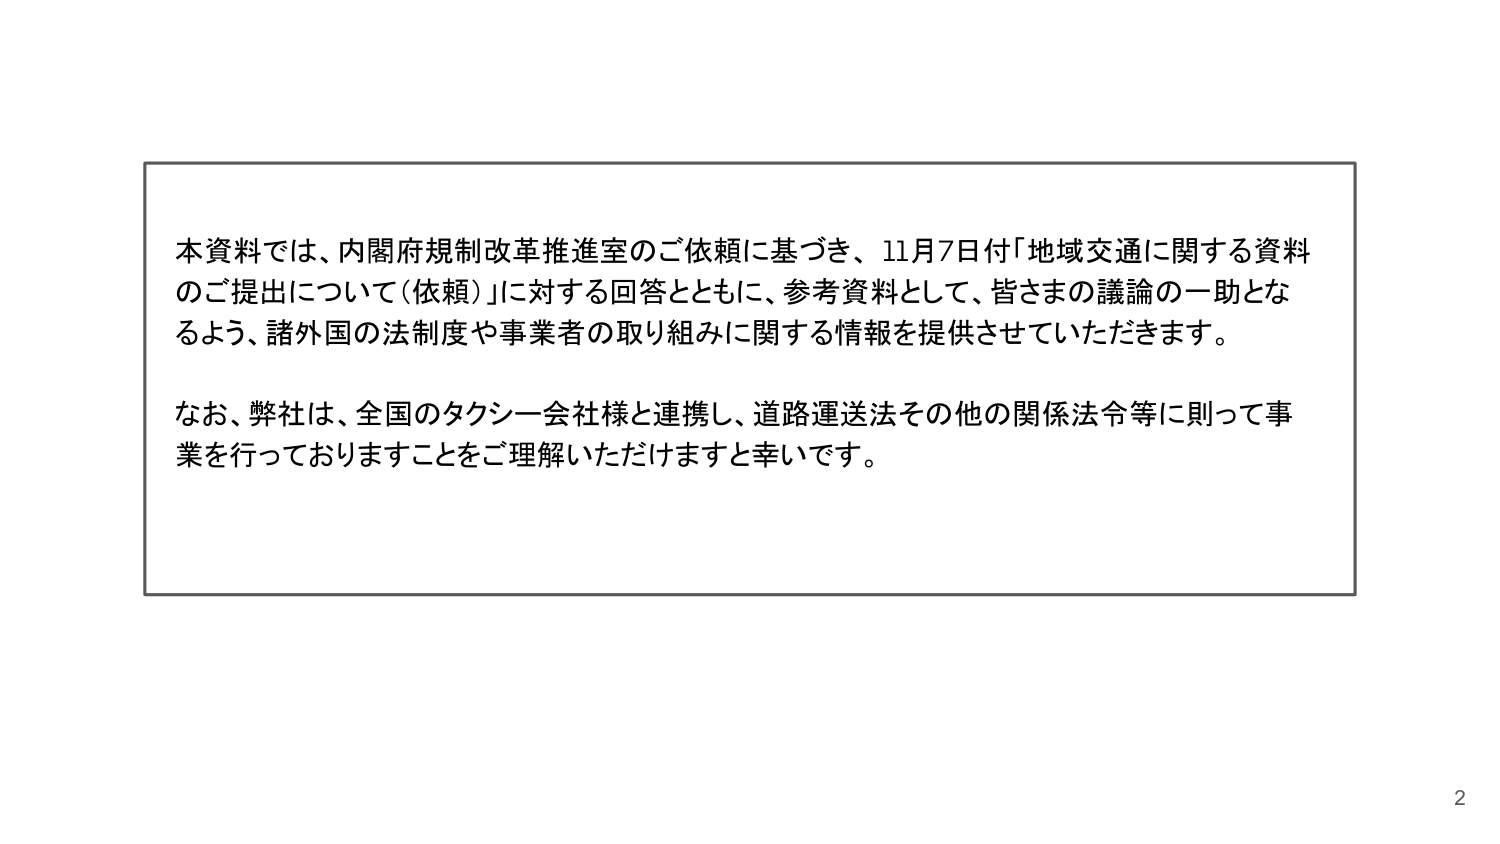
本資料では、内閣府規制改革推進室のご依頼に基づき、11月7日付「地域交通に関する資料のご提出について（依頼）」に対する回答とともに、参考資料として、皆さまの議論の一助となるよう、諸外国の法制度や事業者の取り組みに関する情報を提供させていただきます。

なお、弊社は、全国のタクシー会社様と連携し、道路運送法その他の関係法令等に則って事業を行っておりますことをご理解いただけますと幸いです。

2